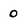
Character: 0